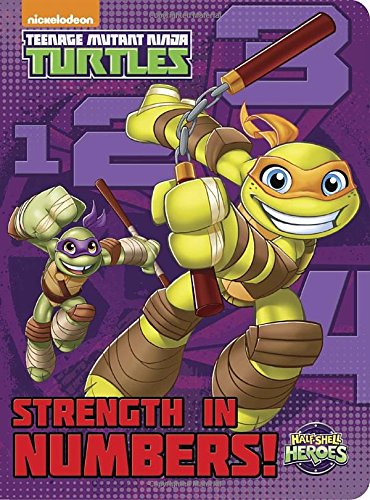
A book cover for Strength in Numbers! (Teenage Mutant Ninja Turtles: Half-Shell Heroes) (Bright & Early Board Books(TM)); Random House; Children's Books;